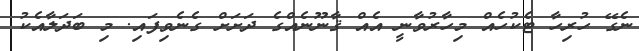
ނެގޭ ހުރިހާ ޓެކުހެއް މިހާރުވާނީ އެއް ޤާނޫނެއްގެ ދަށަށް ގެނެވިފައި. މި ބަދަލާއެކު